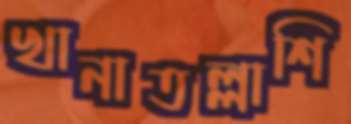
খানাতল্লাশি